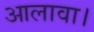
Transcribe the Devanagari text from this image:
आलावा।